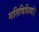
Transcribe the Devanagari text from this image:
गतिविधियां।